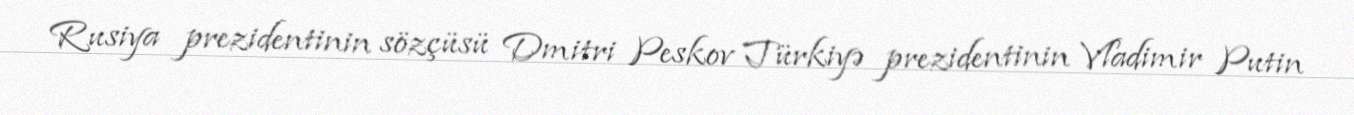
Rusiya prezidentinin sözçüsü Dmitri Peskov Türkiyə prezidentinin Vladimir Putin